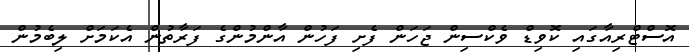
އޮސްޓްރިއާގައި ކޮވިޑް ވެކްސިން ޖަހަން ފެށި ފަހުން އާންމުންގެ ފަރާތުން އެކަމަށް ލިބެމުން